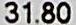
31.80